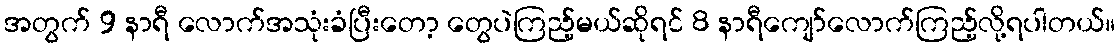
အတွက် 9 နာရီ လောက်အသုံးခံပြီးတော့ တွေပဲကြည့်မယ်ဆိုရင် 8 နာရီကျော်လောက်ကြည့်လို့ရပါတယ်။